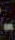
-